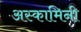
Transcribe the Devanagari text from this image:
अस्कामिनी